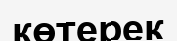
көтерек